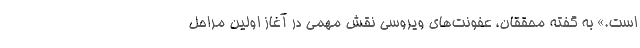
است.» به گفته محققان، عفونت‌های ویروسی نقش مهمی در آغاز اولین مراحل